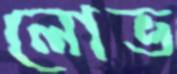
লোভ